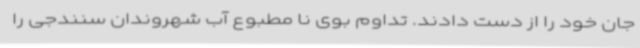
جان خود را از دست دادند. تداوم بوی نا مطبوع آب شهروندان سنندجی را